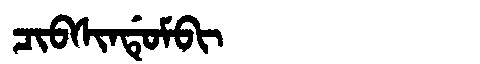
Manchu: ᠴᡳᠪᠰᡳᠨᡩᡠᠮᠪᡳ
Romanization: CIBSINDUMBI